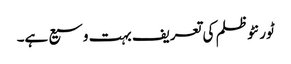
ٹورنٹو ظلم کی تعریف بہت وسیع ہے۔